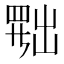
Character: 𦋦